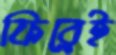
ফিরেই